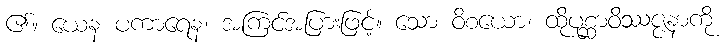
၏။ ယေန ပကာရေန၊ အကြင်အပြားဖြင့်။ သော ဝိစယော၊ ထိုပုစ္ဆာဝိဿဇ္ဇနာကို